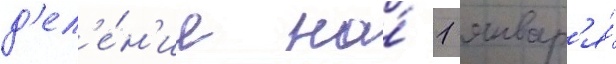
д'ел'е́н'ие на́ 1 январ'я́